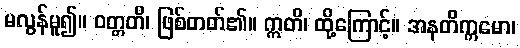
မလွန်မူ၍။ ဝတ္တတိ၊ ဖြစ်တတ်၏။ ဣတိ၊ ထို့ကြောင့်။ အနတိက္ကမော၊